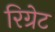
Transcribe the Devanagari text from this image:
रिग्रेट